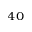
^ { 4 0 }